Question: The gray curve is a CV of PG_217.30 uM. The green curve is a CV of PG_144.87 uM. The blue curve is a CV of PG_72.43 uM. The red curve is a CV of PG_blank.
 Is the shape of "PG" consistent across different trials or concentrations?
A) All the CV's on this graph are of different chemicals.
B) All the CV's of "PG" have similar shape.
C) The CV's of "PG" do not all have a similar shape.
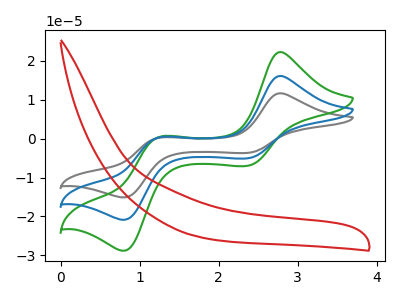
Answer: <think>The gray curve "PG_217.30 uM" has anodic peaks at (2.80V, 32.25uA) (1.25V, 0.70uA) and cathodic peaks at (2.35V, -10.10uA) (0.80V, -41.70uA). The green curve "PG_144.87 uM" has anodic peaks at (2.80V, 22.25uA) (1.25V, 0.50uA) and cathodic peaks at (2.35V, -6.95uA) (0.80V, -28.80uA). The blue curve "PG_72.43 uM" has anodic peaks at (2.80V, 16.10uA) (1.25V, 0.35uA) and cathodic peaks at (2.35V, -5.05uA) (0.80V, -20.85uA). The red curve "PG_blank" has no peaks.
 All the peaks in "PG_217.30 uM" have a peak in "PG_144.87 uM" at the same potential. Every peak in "PG_217.30 uM" is higher than every peak in "PG_144.87 uM". All the peaks in "PG_217.30 uM" have a peak in "PG_72.43 uM" at the same potential. Every peak in "PG_217.30 uM" is higher than every peak in "PG_72.43 uM". "PG_217.30 uM" and "PG_blank" have a different number of peaks. All the peaks in "PG_144.87 uM" have a peak in "PG_72.43 uM" at the same potential. Every peak in "PG_144.87 uM" is higher than every peak in "PG_72.43 uM". "PG_144.87 uM" and "PG_blank" have a different number of peaks. "PG_72.43 uM" and "PG_blank" have a different number of peaks.</think>
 <answer>B) All the CV's of "PG" have similar shape.</answer>
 <eval>B</eval>